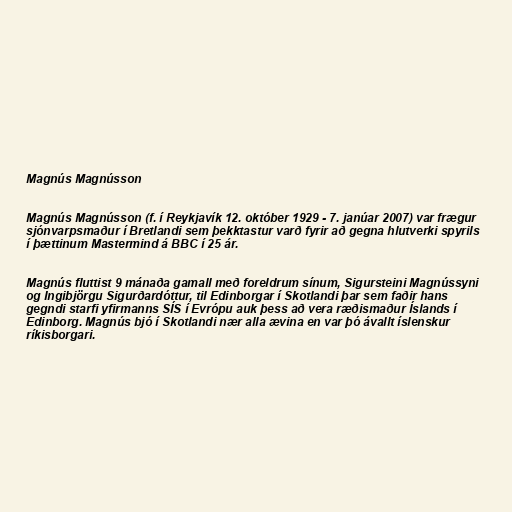
Magnús Magnússon

Magnús Magnússon (f. í Reykjavík 12. október 1929 - 7. janúar 2007) var frægur
sjónvarpsmaður í Bretlandi sem þekktastur varð fyrir að gegna hlutverki spyrils
í þættinum Mastermind á BBC í 25 ár.

Magnús fluttist 9 mánaða gamall með foreldrum sínum, Sigursteini Magnússyni
og Ingibjörgu Sigurðardóttur, til Edinborgar í Skotlandi þar sem faðir hans
gegndi starfi yfirmanns SÍS í Evrópu auk þess að vera ræðismaður Íslands í
Edinborg. Magnús bjó í Skotlandi nær alla ævina en var þó ávallt íslenskur
ríkisborgari.